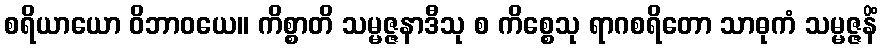
စရိယာယော ဝိဘာဝယေ။ ကိစ္စာတိ သမ္မဇ္ဇနာဒီသု စ ကိစ္စေသု ရာဂစရိတော သာဓုကံ သမ္မဇ္ဇနိံ